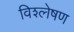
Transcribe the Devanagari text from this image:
विश्ल्‍ोषण